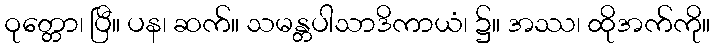
ဝုတ္တော၊ ပြီ။ ပန၊ ဆက်။ သမန္တပါသာဒိကာယံ၊ ၌။ အဿ၊ ထိုအက်ကို။